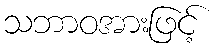
သဘာဝအားဖြင့်